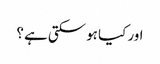
اور کیا ہو سکتی ہے ؟